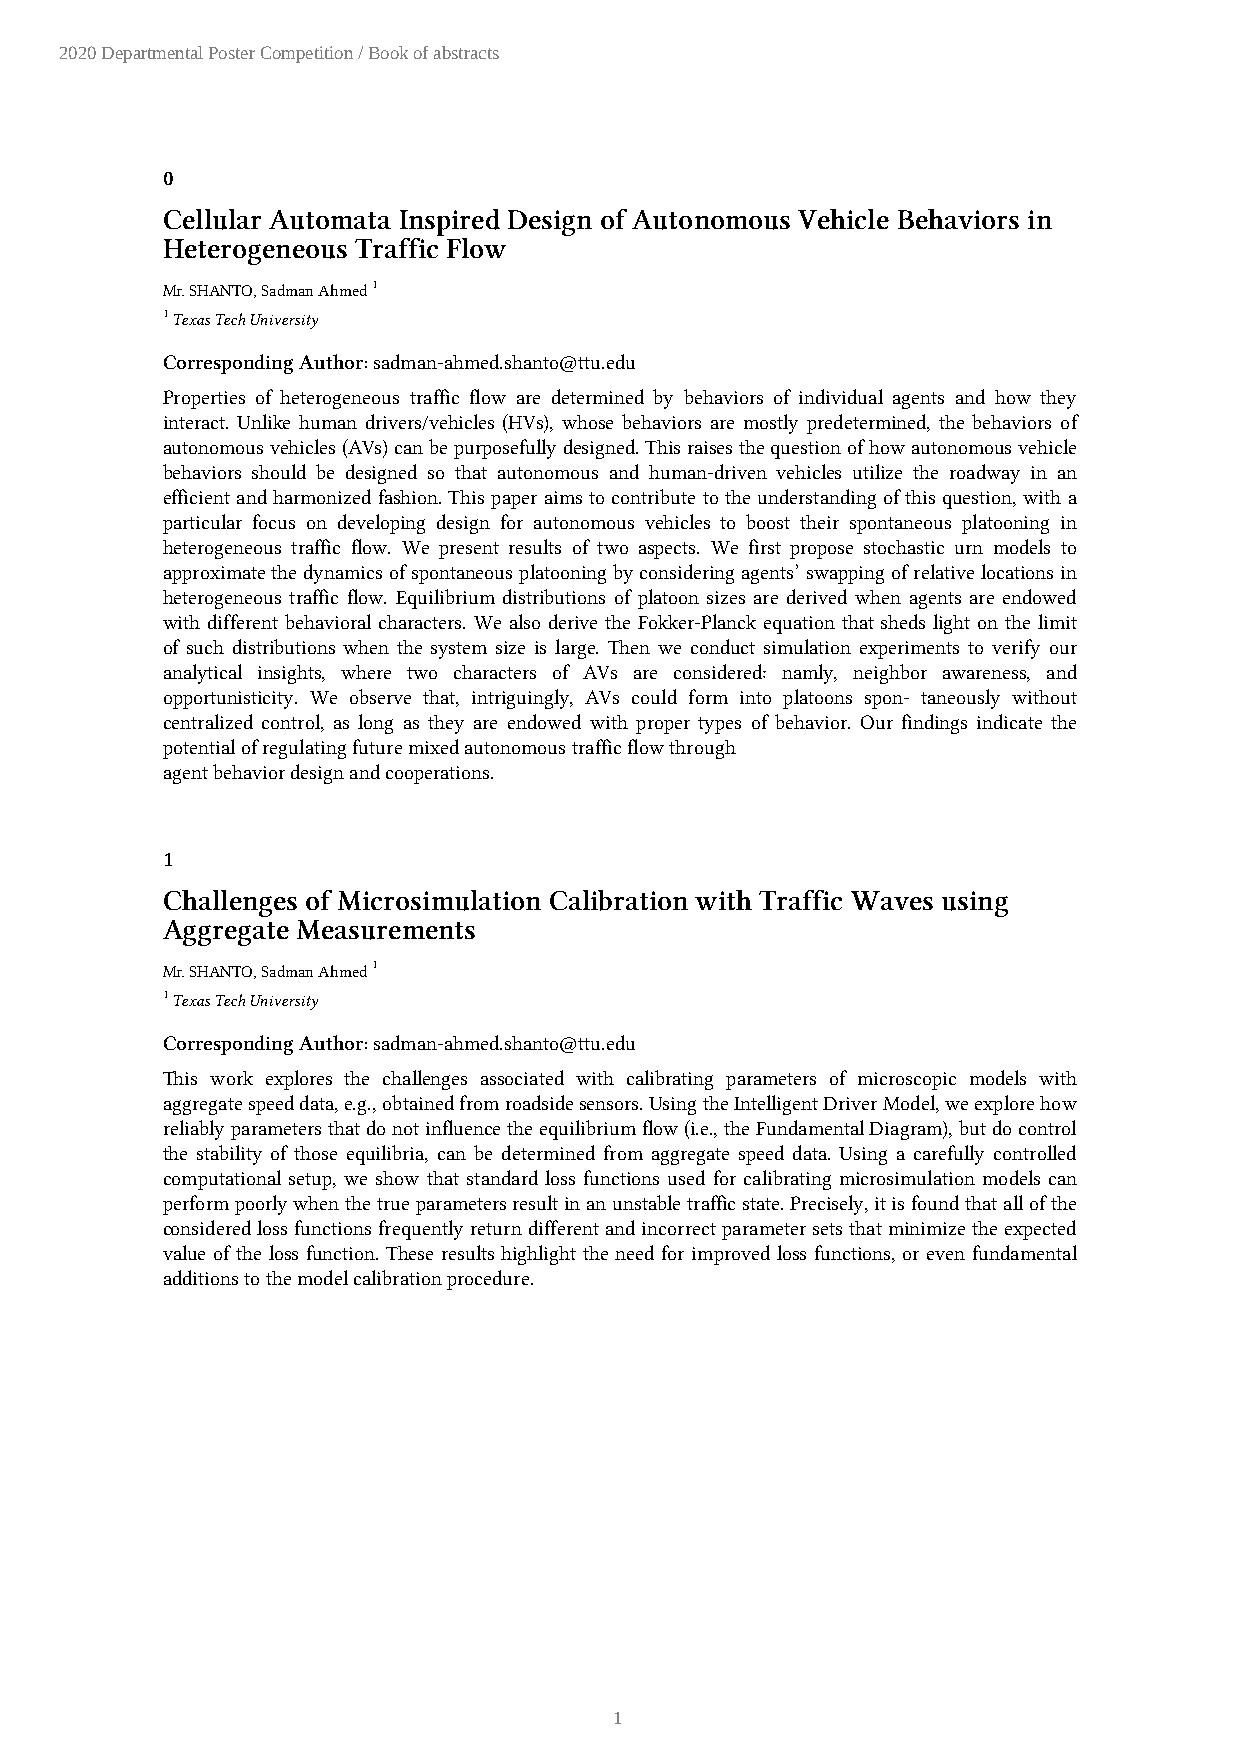
2020 Departmental Poster Competition / Book of abstracts
 0
 Cellular Automata Inspired Design of Autonomous Vehicle Behaviors in
 Heterogeneous Traffic Flow
 Mr. SHANTO, Sadman Ahmed 1
 1 Texas Tech University
 Corresponding Author: sadman-ahmed.shanto@ttu.edu
 Properties of heterogeneous traffic flow are determined by behaviors of individual agents and how they
 interact. Unlike human drivers/vehicles (HVs), whose behaviors are mostly predetermined, the behaviors of
 autonomous vehicles (AVs) can be purposefully designed. This raises the question of how autonomous vehicle
 behaviors should be designed so that autonomous and human-driven vehicles utilize the roadway in an
 efficient and harmonized fashion. This paper aims to contribute to the understanding of this question, with a
 particular focus on developing design for autonomous vehicles to boost their spontaneous platooning in
 heterogeneous traffic flow. We present results of two aspects. We first propose stochastic urn models to
 approximate the dynamics of spontaneous platooning by considering agents’ swapping of relative locations in
 heterogeneous traffic flow. Equilibrium distributions of platoon sizes are derived when agents are endowed
 with different behavioral characters. We also derive the Fokker-Planck equation that sheds light on the limit
 of such distributions when the system size is large. Then we conduct simulation experiments to verify our
 analytical insights, where two characters of AVs are considered: namly, neighbor awareness, and
 opportunisticity. We observe that, intriguingly, AVs could form into platoons spon- taneously without
 centralized control, as long as they are endowed with proper types of behavior. Our findings indicate the
 potential of regulating future mixed autonomous traffic flow through
 agent behavior design and cooperations.
 1
 Challenges of Microsimulation Calibration with Traffic Waves using
 Aggregate Measurements
 Mr. SHANTO, Sadman Ahmed 1
 1 Texas Tech University
 Corresponding Author: sadman-ahmed.shanto@ttu.edu
 This work explores the challenges associated with calibrating parameters of microscopic models with
 aggregate speed data, e.g., obtained from roadside sensors. Using the Intelligent Driver Model, we explore how
 reliably parameters that do not influence the equilibrium flow (i.e., the Fundamental Diagram), but do control
 the stability of those equilibria, can be determined from aggregate speed data. Using a carefully controlled
 computational setup, we show that standard loss functions used for calibrating microsimulation models can
 perform poorly when the true parameters result in an unstable traffic state. Precisely, it is found that all of the
 considered loss functions frequently return different and incorrect parameter sets that minimize the expected
 value of the loss function. These results highlight the need for improved loss functions, or even fundamental
 additions to the model calibration procedure.
 1